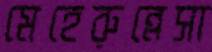
মেহেরুন্নেসা